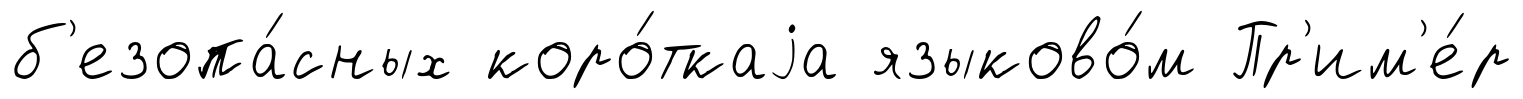
б'езопа́сных коро́ткаjа языково́м Пр'им'е́р